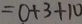
= 0 + 3 + 1 0